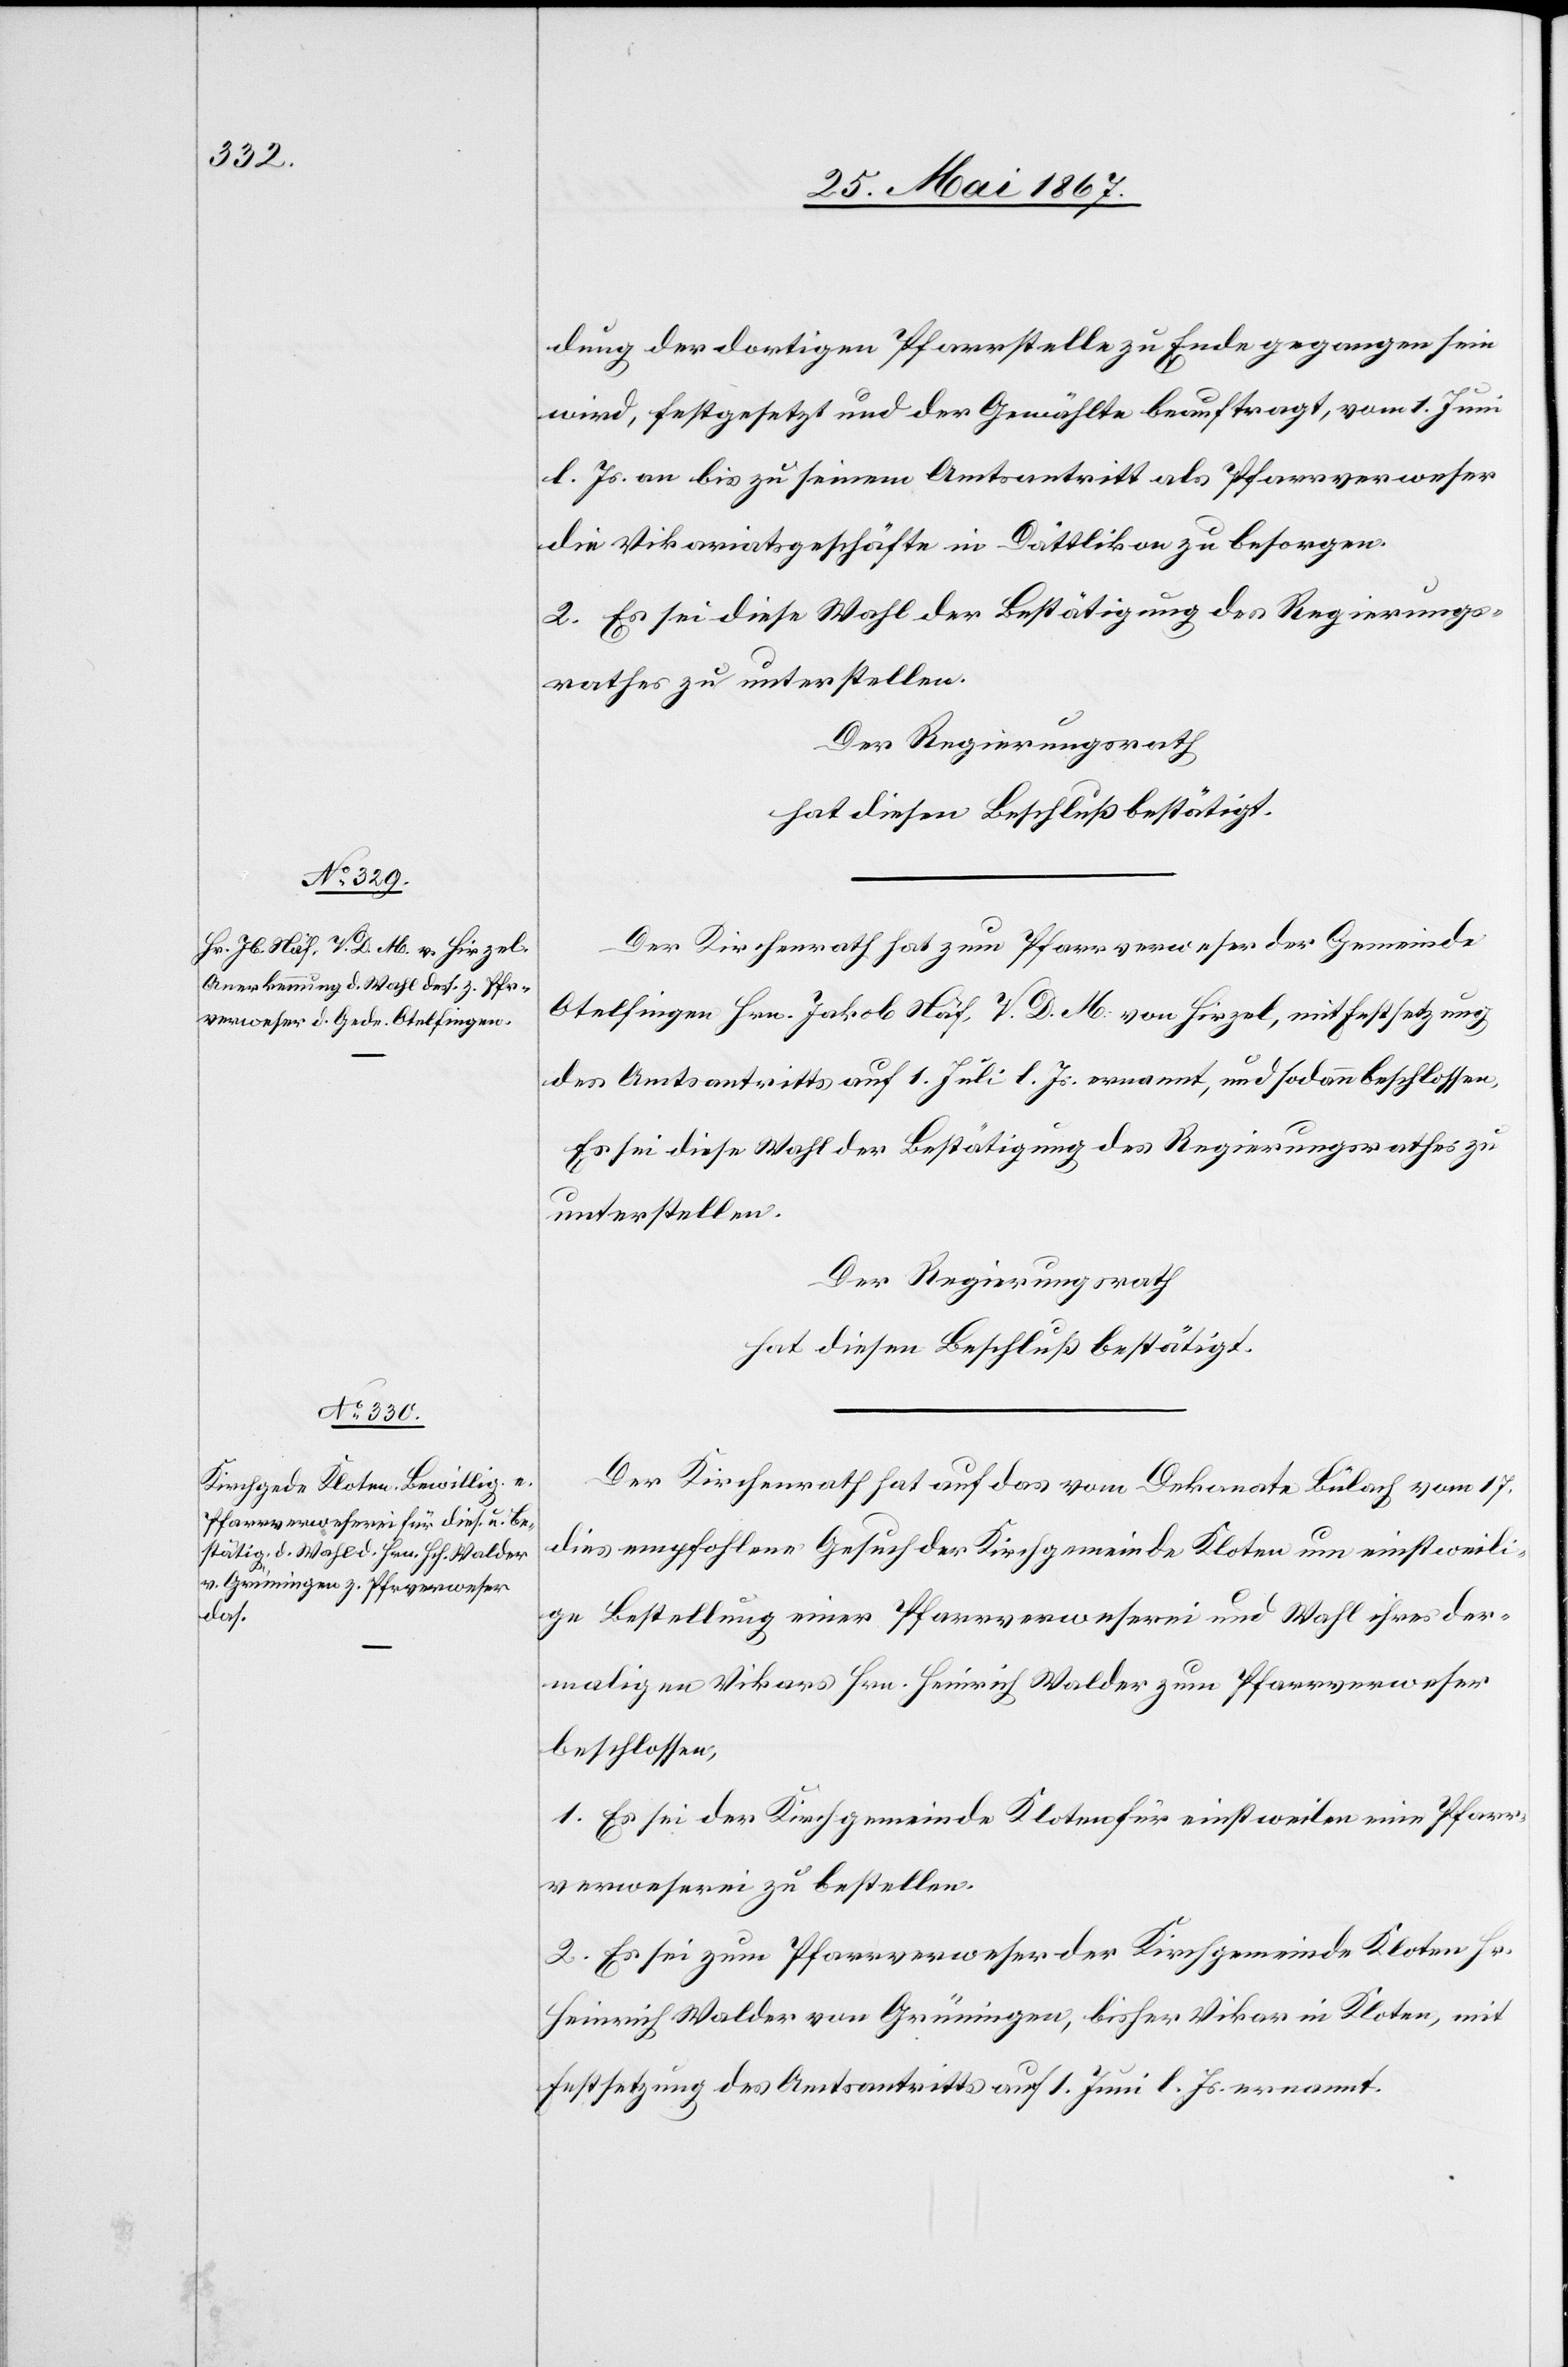
dung der dortigen Pfarrstelle zu Ende gegangen sein
wird, festgesetzt und der Gewählte beauftragt, vom 1. Juni
l. Js. an bis zu seinem Amtsantritt als Pfarrverweser
die Vikariatsgeschäfte in Dättlikon zu besorgen.
2. Es sei diese Wahl der Bestätigung des Regierungs¬
rathes zu unterstellen.
Der Regierungsrath
hat diesen Beschluß bestätigt.
Der Kirchenrath hat zum Pfarrverweser der Gemeinde
Otelfingen Hrn. Jakob Näf, V. D. M. von Hirzel, mit Festsetzung
des Amtsantritts auf 1. Juli l. Js. ernannt, und sodann beschlossen,
Es sei diese Wahl der Bestätigung des Regierungsrathes zu
unterstellen.
Der Regierungsrath
hat diesen Beschluß bestätigt.
Der Kirchenrath hat auf das vom Dekanate Bülach vom 17.
dies empfohlene Gesuch der Kirchgemeinde Kloten um einstweili¬
ge Bestellung einer Pfarrverweserei und Wahl ihres der¬
maligen Vikars Hrn. Heinrich Walder zum Pfarrverweser
beschlossen,
1. Es sei der Kirchgemeinde Kloten für einstweilen eine Pfarr¬
verweserei zu bestellen.
2. Es sei zum Pfarrverweser der Kirchgemeinde Kloten
Heinrich Walder von Grüningen, bisher Vikar in Kloten, mit
Festsetzung des Amtsantritts auf 1. Juni l. Js. ernannt.